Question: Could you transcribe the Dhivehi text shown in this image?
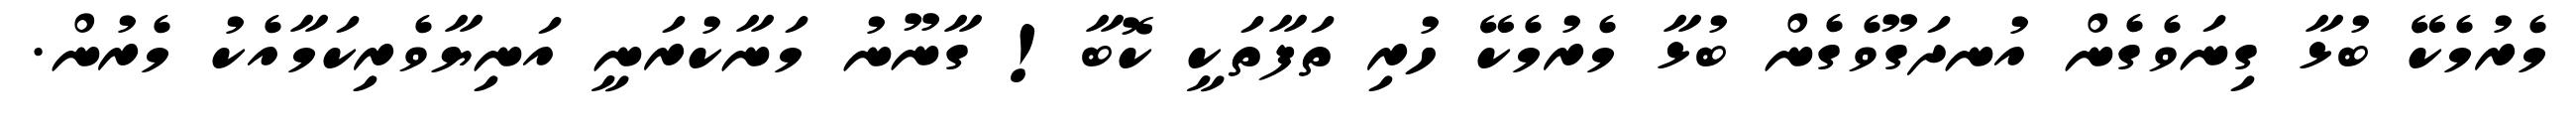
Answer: މެރުމެކޭ ބުޅާ ގިނަވެގެން އުނދަގޫވެގެން ބުޅާ މެރުމެކޭ ހުރި ތަފާތަކީ ކޮބާ! ގާނޫނު މަނާކުރަނީ އަނިޔާވެރިކަމާއެކު މެރުން.